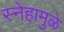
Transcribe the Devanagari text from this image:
स्नेहामुळे